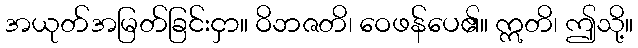
အယုတ်အမြတ်ခြင်းငှာ။ ဝိဘဇတိ၊ ဝေဖန်ပေ၏။ ဣတိ၊ ဤသို့။